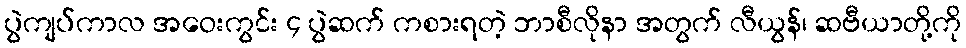
ပွဲကျပ်ကာလ အဝေးကွင်း ၄ ပွဲဆက် ကစားရတဲ့ ဘာစီလိုနာ အတွက် လီယွန်၊ ဆဗီယာတို့ကို